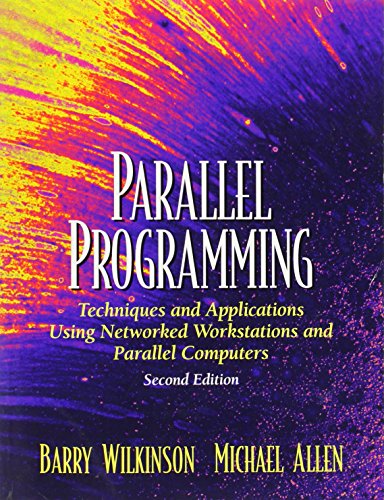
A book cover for Parallel Programming: Techniques and Applications Using Networked Workstations and Parallel Computers (2nd Edition); Barry Wilkinson; Computers & Technology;